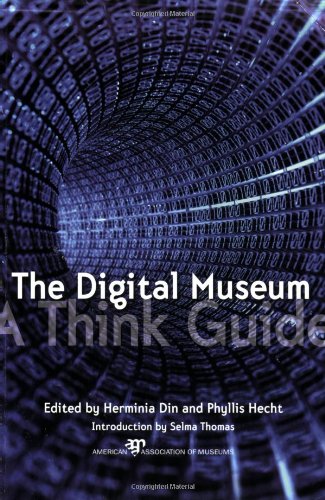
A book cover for The Digital Museum: A Think Guide; Business & Money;